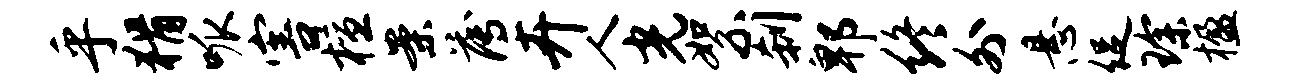
乎猾呱害檀案薄卉人光絮刹郫终外悬促琛楹